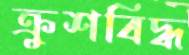
ক্রুশবিদ্ধ